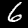
Label: 6